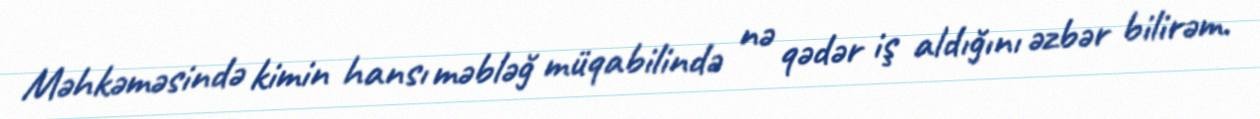
Məhkəməsində kimin hansı məbləğ müqabilində nə qədər iş aldığını əzbər bilirəm.